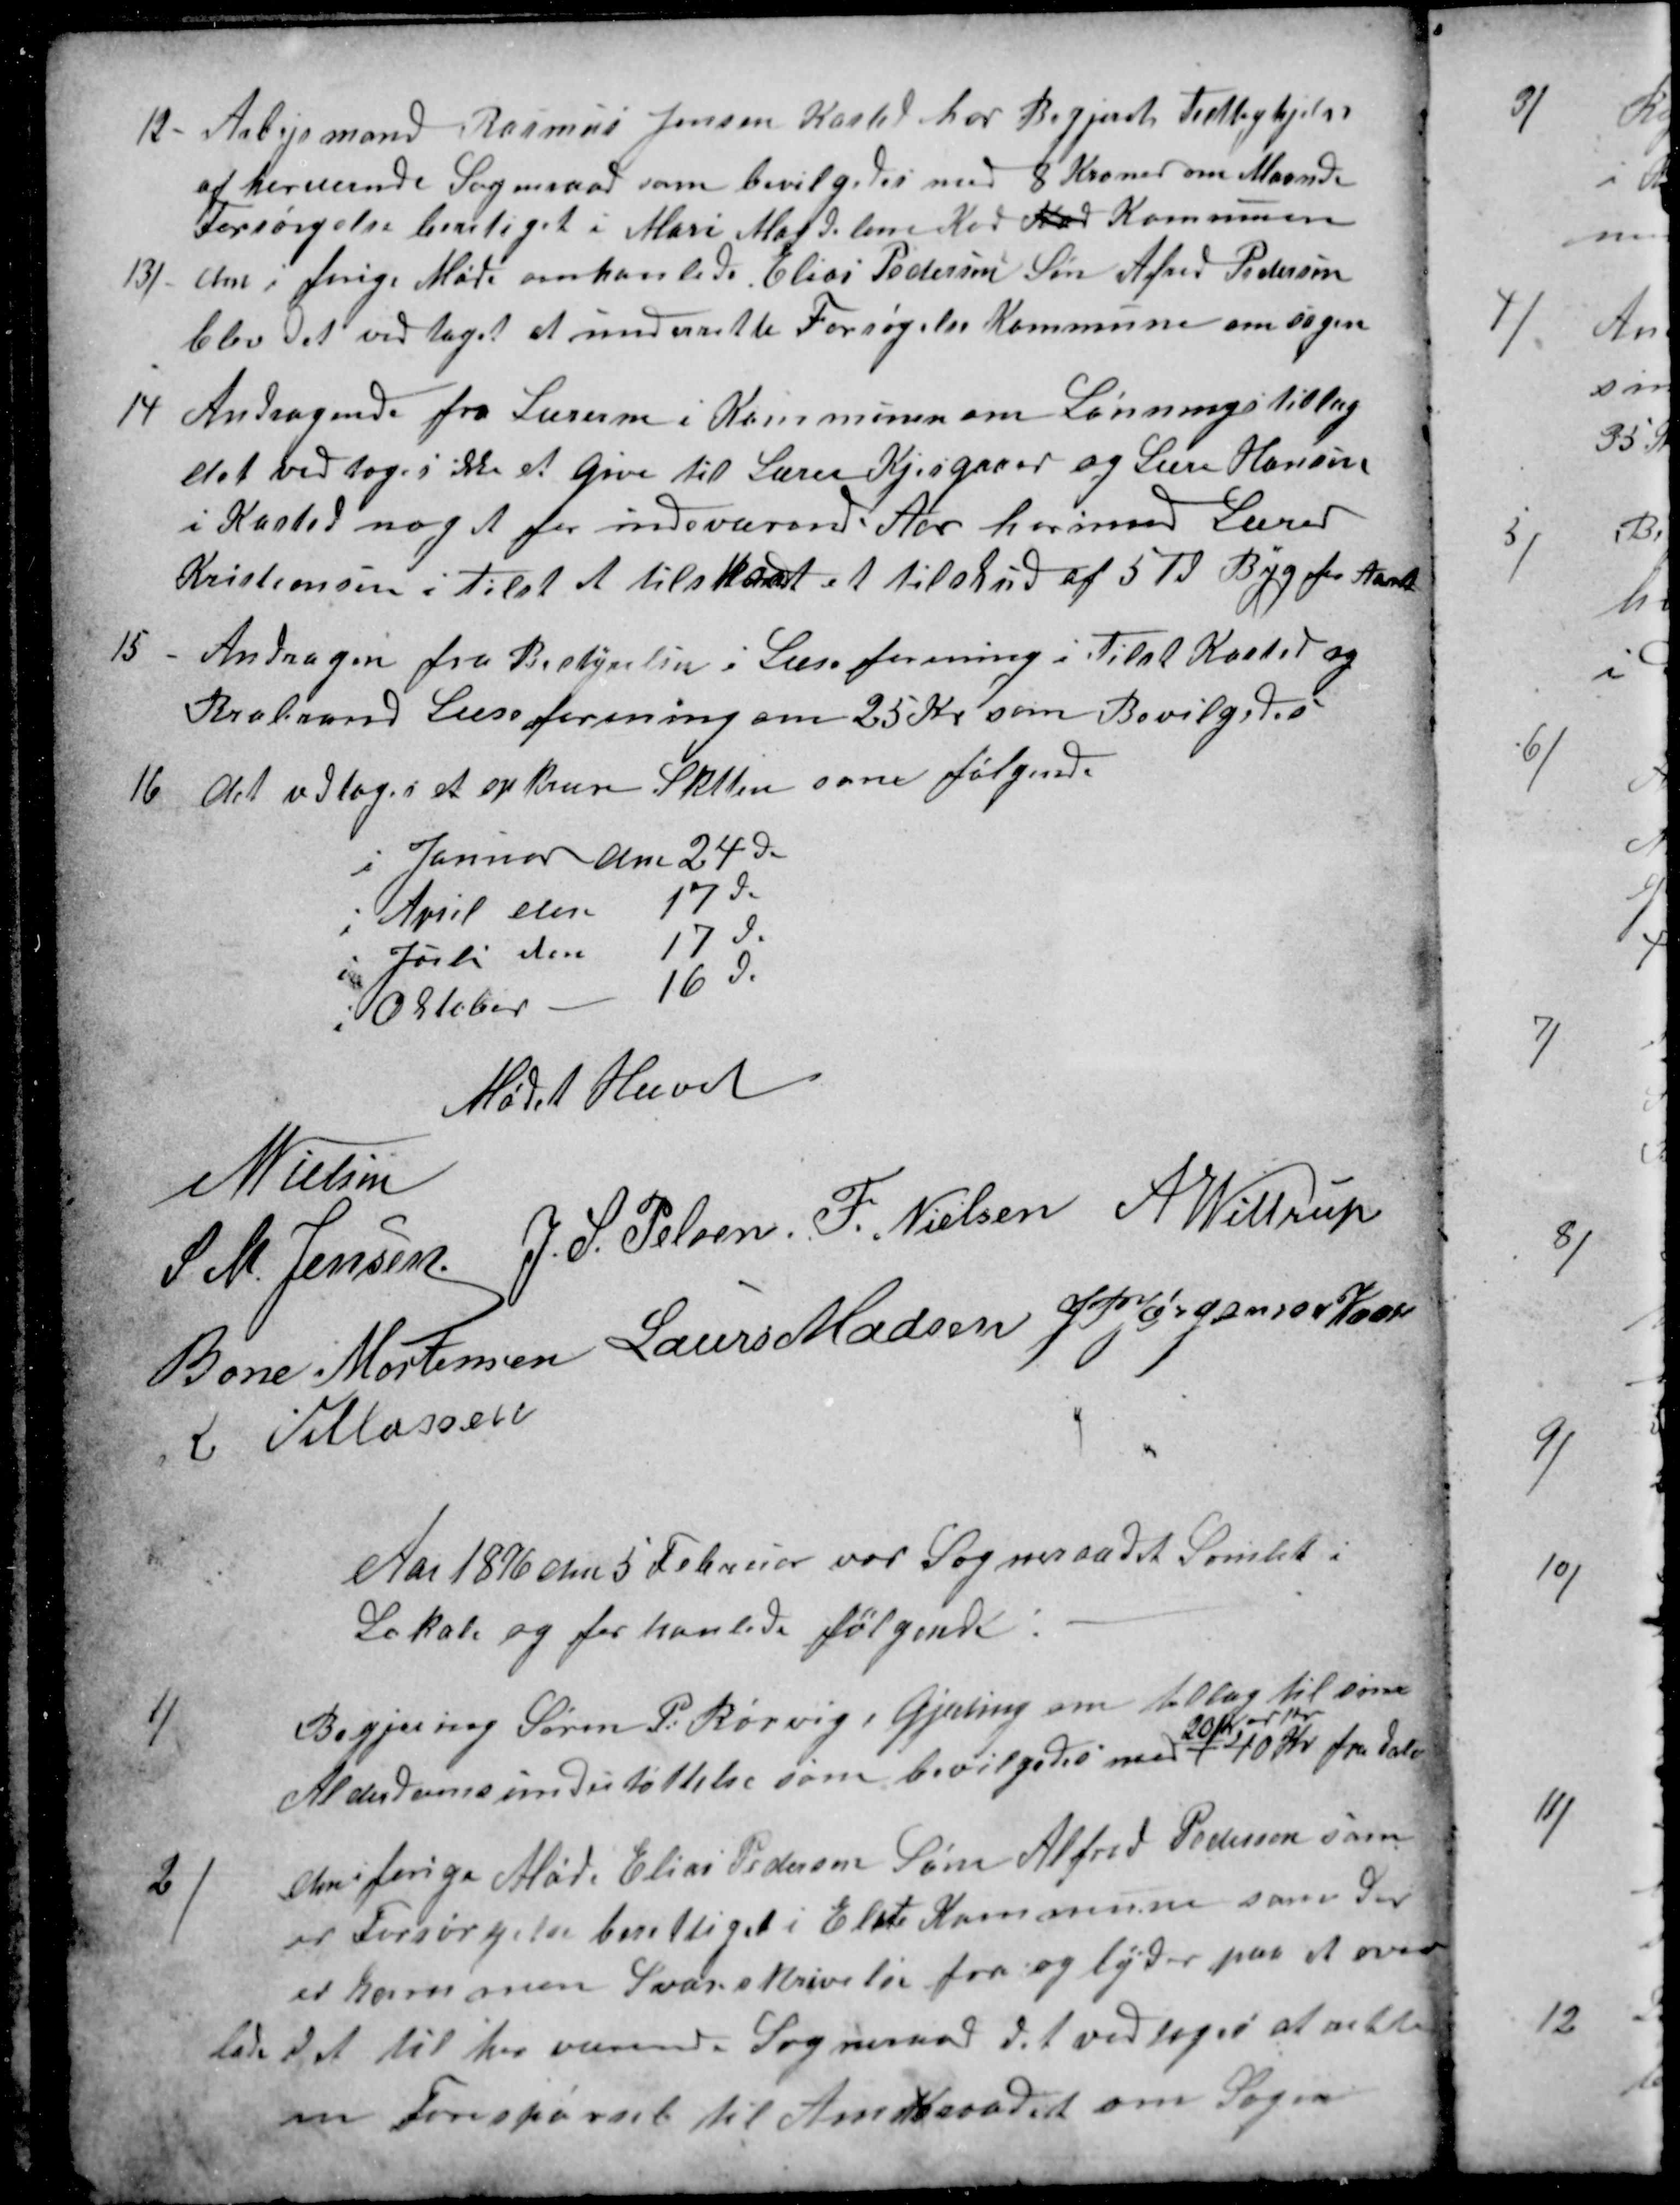
Transskription:
12
Arbejsmand Rasmus Jensen Kasted har Begjæret Fattighjelp
af herverende Sogneraad som bevilgedes med 8 Kroner om Maande
Forsørgelse beretiget i Mari Magdalene Kod Nor Kommunen
13)
den i forige Møde omhanlede Elias Pedersens Søn Afred Pedersen
blev det vedtaget at underrette Forsøgelse Kommune om sagen
14
Andragende fra Lærerne i Kommunen om Lønningstillæg
det vedtoges ikke at give til Lærer Kjesgaard og Lære Hansen
i Kasted noget for indeværende Aar hvorimod Lærer
Kristiansen i Tilst et tilskud et tilskud af 5 Td Byg for Aaret
15
Andragen fra Bestyrelsen i Læseforening i Tilst Kasted og
Brabrand Læseforening om 25 Kr som Bevilgedes
16
Det vedtoges at opkræve Skatten som følgende
i Januar den 24de
i April den
17de
i Juli den
17de
i Oktober
16de.
Mødet Hævet
N Nielsen
S. M. Jensen
J. S. Pelsen
F Nielsen
A Wittrup
Bone Mortensen
Laurs Madsen
J PJørgensen Kaae
R Villassen
Aar 1896 den 5 Februar var Sogneraadet Samlet i
Lokale og forhanlede følgende
1)
Begjæring Søren P. Rørvig i Gjeding om tillæg til sine
Alderdomsunderstøttelse som bevilgedes med
20 Kroner
40 Kr fra dato
2)
den i forige Møde Elias Pedersens Søn Alfred Pedersen som
er Forsørgelse berettiget i Elste Kommune som der
er kommen Svarskrivelse fra og lyder paa at over
lade det til her værende Sogneraad det vedtoges at rette
en Forespørgsel til Amtsraadet om Sagen